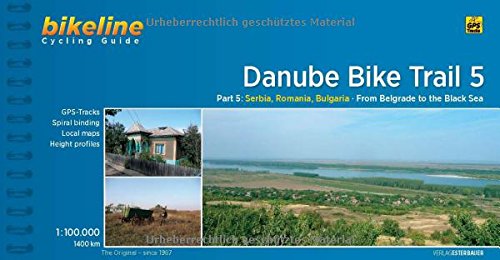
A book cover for Danube Bike Trail 5 Belgrad - Black Sea: BIKE.HU.16.E; Travel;